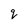
Character: q